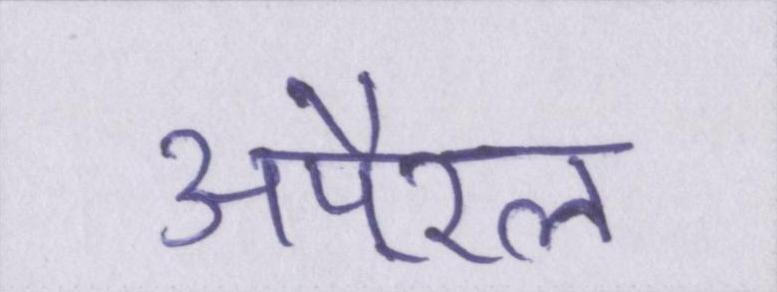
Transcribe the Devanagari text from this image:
अपै्रल